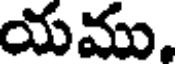
యము,